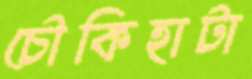
চৌকিহাটা